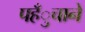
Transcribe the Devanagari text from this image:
पहँुचाने